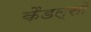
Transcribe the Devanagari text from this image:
कैडल्सो